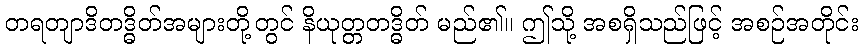
တရတျာဒိတဒ္ဓိတ်အများတို့တွင် နိယုတ္တတဒ္ဓိတ် မည်၏။ ဤသို့ အစရှိသည်ဖြင့် အစဉ်အတိုင်း